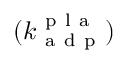
( k _ { \mathrm { ~ a ~ d ~ p ~ } } ^ { \mathrm { ~ p ~ l ~ a ~ } } )